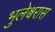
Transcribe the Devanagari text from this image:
भुलेश्वरास